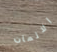
الالمان